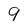
Character: 9